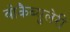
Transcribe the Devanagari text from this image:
वोकैब्युलेरी